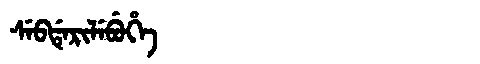
Manchu: ᠰᡝᠪᡩᡝᡵᡳᠯᡝᠪᡠᡥᡝ
Romanization: SEBDERILEBUHE